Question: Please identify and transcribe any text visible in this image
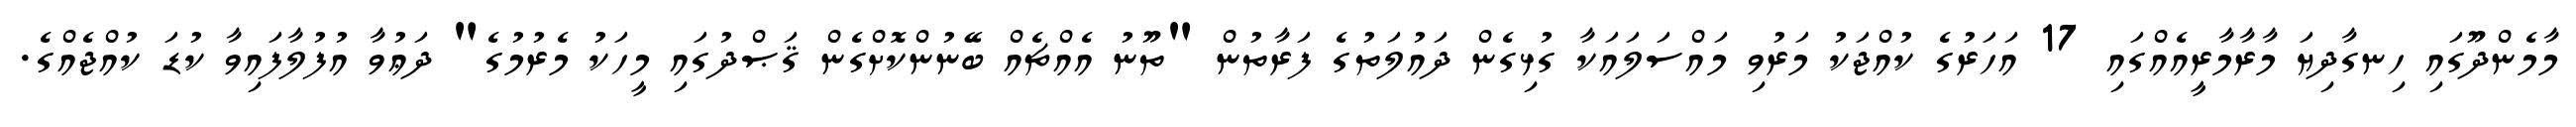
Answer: މާމެންދޫގައި ހިނގާދިޔަ މާރާމާރީއެއްގައި 17 އަހަރުގެ ކުއްޖަކު މަރުވި މައްސަލައަކާ ގުޅިގެން ދައުލަތުގެ ފަރާތުން "ތޫނު އެއްޗެއް ބޭނުންކޮށްގެން ޤަޞްދުގައި މީހަކު މެރުމުގެ" ދަޢުވާ އުފުލާފައިވާ ކުޑަ ކުއްޖެއްގެ.